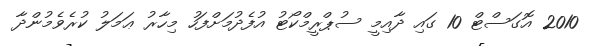
2010 އޮގަސްޓް 10 ގައި ދާއިމީ ސުޕްރީމްކޯޓު އުފެދުމަށްފަހު މިހާރު ޢަމަލު ކުރެވެމުންދާ